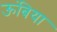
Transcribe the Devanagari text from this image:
ऊंबिया